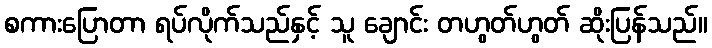
စကားပြောတာ ရပ်လိုက်သည်နှင့် သူ ချောင်း တဟွတ်ဟွတ် ဆိုးပြန်သည်။